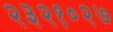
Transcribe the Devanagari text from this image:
२३२१०२७